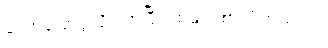
ဟောပြောပွဲသို့ လာပြီး ထမင်းစားဖိတ်သည်။